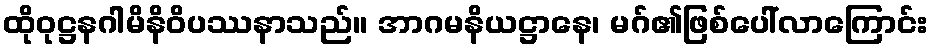
ထိုဝုဋ္ဌနဂါမိနိဝိပဿနာသည်။ အာဂမနိယဋ္ဌာနေ၊ မဂ်၏ဖြစ်ပေါ်လာကြောင်း